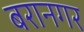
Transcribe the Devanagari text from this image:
बरानगर